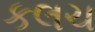
કલચ